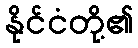
နိုင်ငံတို့၏